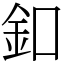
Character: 釦